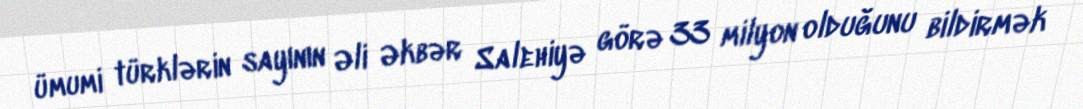
ümumi türklərin sayının Əli Əkbər Salehiyə görə 33 milyon olduğunu bildirmək